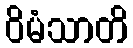
ဝိမံသာတိ